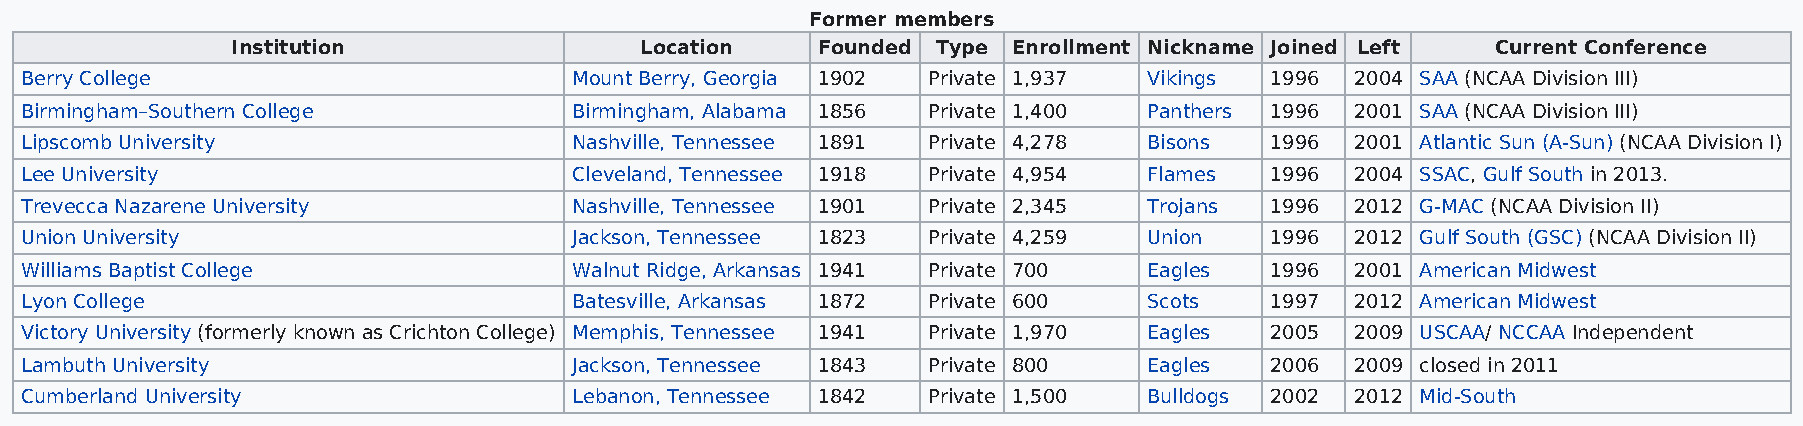
Former members
 Institution                Location    Founded Type Enrollment Nickname Joined Left Current Conference
 Berry College                        Mount Berry, Georgia 1902 Private 1,937 Vikings 1996 2004 SAA (NCAA Division III)
 Birmingham–Southern College          Birmingham, Alabama 1856 Private 1,400 Panthers 1996 2001 SAA (NCAA Division III)
 Lipscomb University                  Nashville, Tennessee 1891 Private 4,278 Bisons 1996 2001 Atlantic Sun (A-Sun) (NCAA Division I)
 Lee University                       Cleveland, Tennessee 1918 Private 4,954 Flames 1996 2004 SSAC, Gulf South in 2013.
 Trevecca Nazarene University         Nashville, Tennessee 1901 Private 2,345 Trojans 1996 2012 G-MAC (NCAA Division II)
 Union University                     Jackson, Tennessee 1823 Private 4,259 Union   1996  2012 Gulf South (GSC) (NCAA Division II)
 Williams Baptist College             Walnut Ridge, Arkansas 1941 Private 700 Eagles 1996 2001 American Midwest
 Lyon College                         Batesville, Arkansas 1872 Private 600 Scots   1997  2012 American Midwest
 Victory University (formerly known as Crichton College) Memphis, Tennessee 1941 Private 1,970 Eagles 2005 2009 USCAA/ NCCAA Independent
 Lambuth University                   Jackson, Tennessee 1843 Private 800   Eagles  2006  2009 closed in 2011
 Cumberland University                Lebanon, Tennessee 1842 Private 1,500 Bulldogs 2002 2012 Mid-South